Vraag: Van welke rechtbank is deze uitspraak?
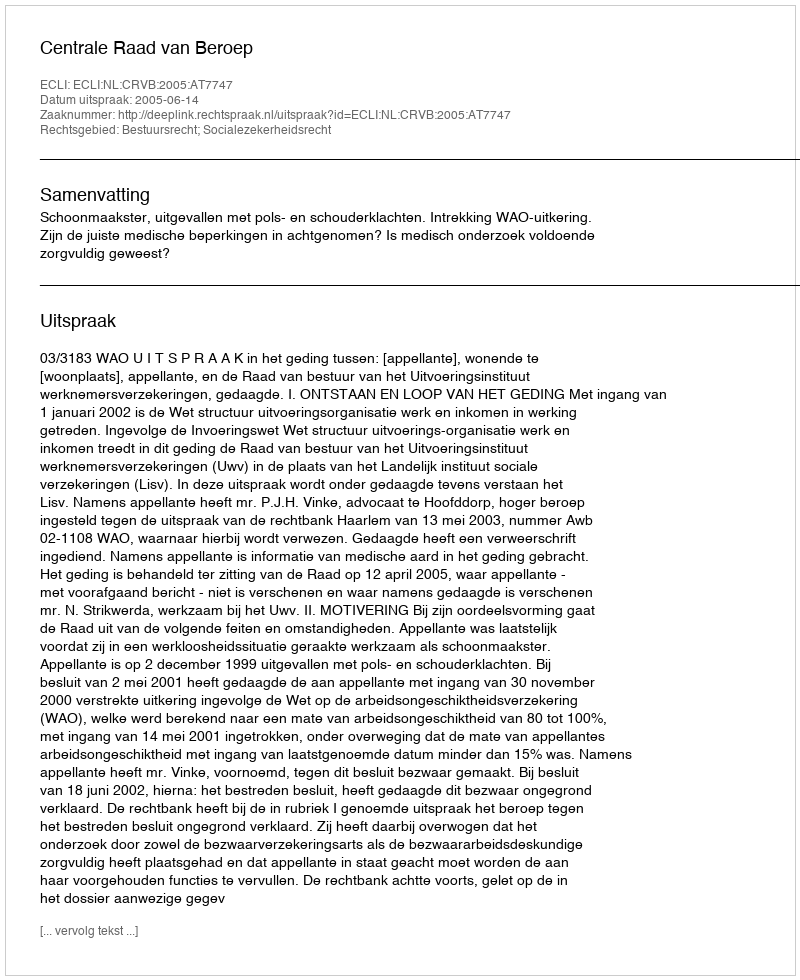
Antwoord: Centrale Raad van Beroep